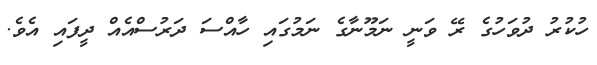
ހުކުރު ދުވަހުގެ ރޭ ވަނީ ނަމޫނާާގެ ނަމުގައި ހާއްސަ ދަރުސްއެއް ދީފައި އެވެ.